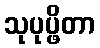
သုပုပ္ဖိတာ